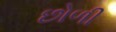
છોળી